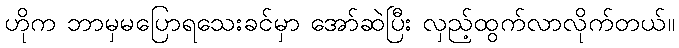
ဟိုက ဘာမှမပြောရသေးခင်မှာ အော်ဆဲပြီး လှည့်ထွက်လာလိုက်တယ်။